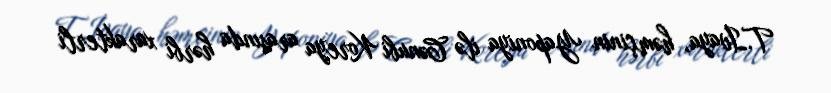
T.İvaya, həmçinin Yaponiya ilə Cənubi Koreya arasında hərbi xarakterli